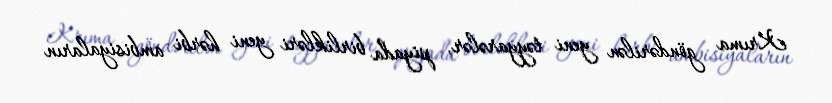
Krıma göndərilən yeni təyyarələr, piyada birlikləri yeni hərbi ambisiyaların